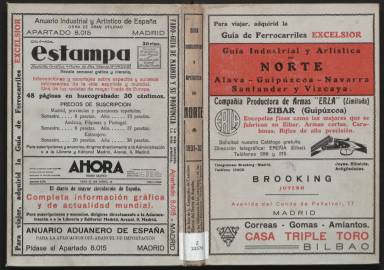
Título: Guía industrial y artística del Norte
Colección: Guías y directorios
Ámbito geográfico: Madrid
Lugar de publicación: Madrid
Fechas: 01/01/1931-31/12/1934